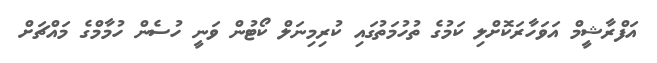
އަފްރާޝީމް އަވަހާރަކޮށްލި ކަމުގެ ތުހުމަތުގައި ކުރިމިނަލް ކޯޓުން ވަނީ ހުސެން ހުމާމްގެ މައްޗަށް